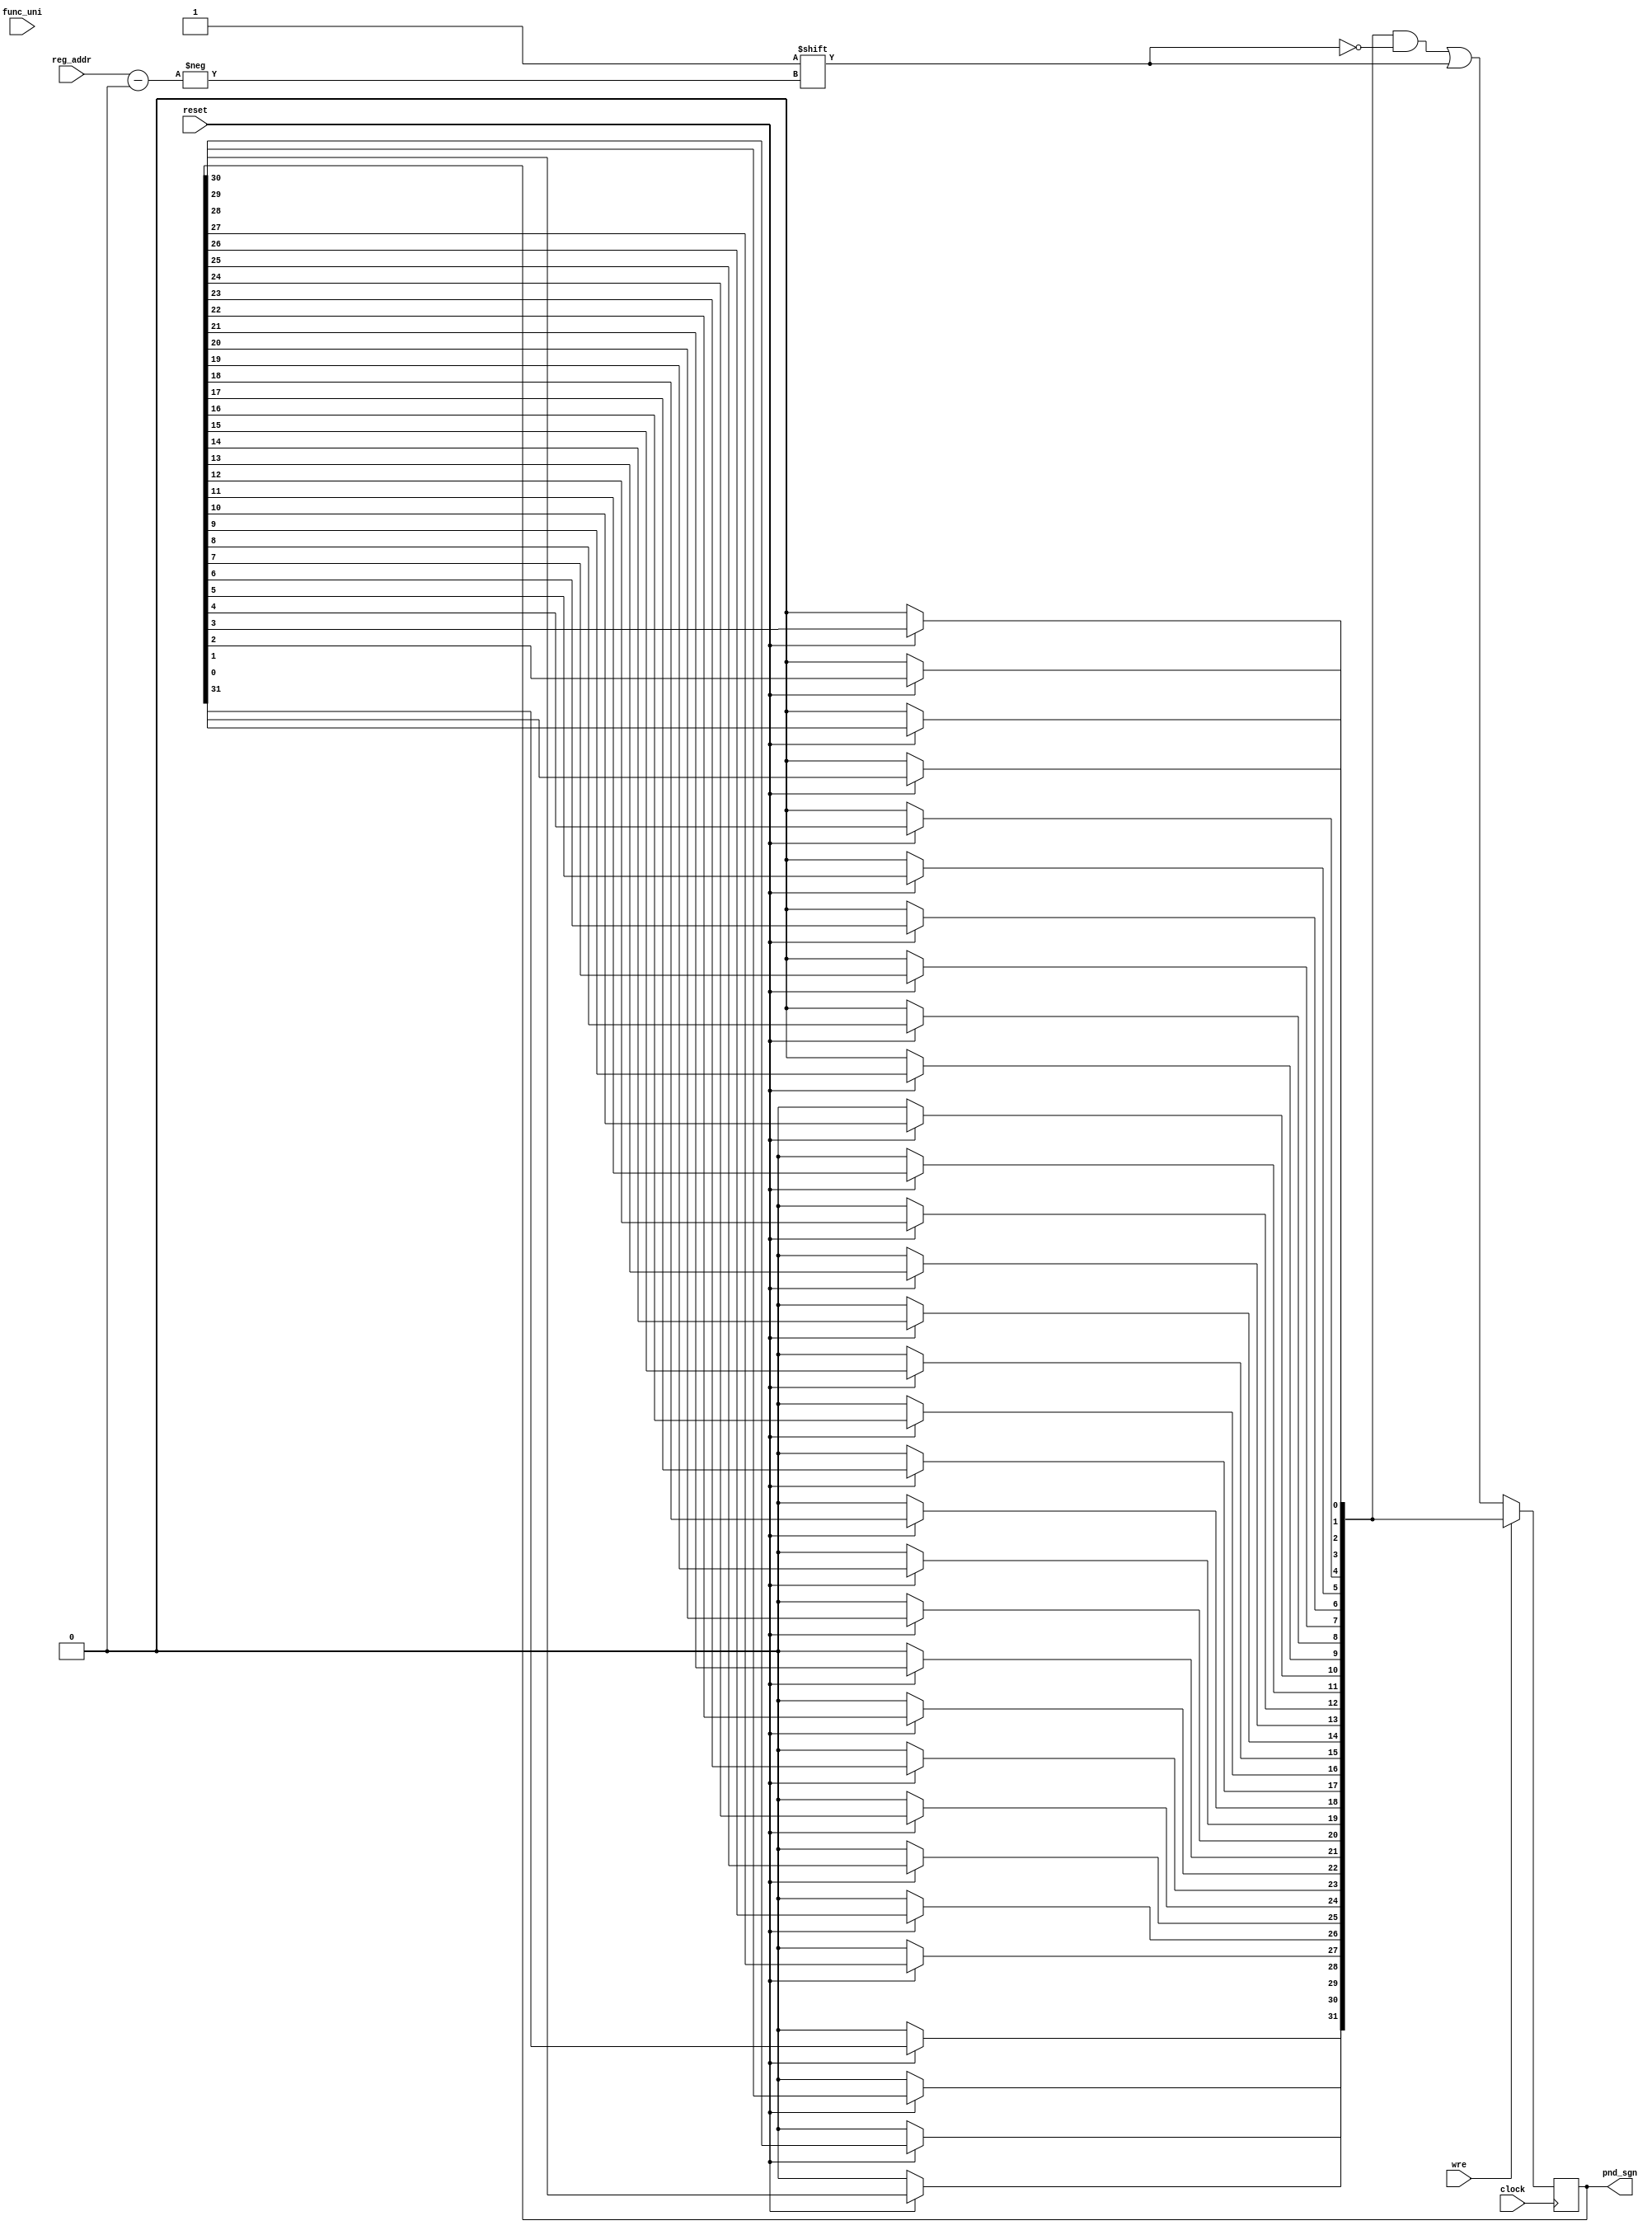
module Scoreboard(
	input 		   	clock,
	input 		   	reset,
	input	[4:0] 	reg_addr,
	input [1:0]    func_uni,
	input					  wre,
	output [31:0]	 pnd_sgn
);

	/* O SCOREBOARD SERA DIVIDO EM TRES TABELAS. A PRIMEIRA PARTE FICA
	** RESPONSAVEL POR INFORMAR SE UM REGISTRADOR EST PENDENTE, A SEGUNDA
	** EM QUAL UNIDADE FUNCIONAL EST E A TERCEITA RESPONSAVEL POR MOSTRAR
	** EM QUAL ESTGIO DE EXECUO ELE EST.                           */

	reg [31:0]	     pnd_table;
	reg [1:0] fun_table [31:0];
	reg [5:0] pth_table [31:0];
	reg [5:0] 			       i;
	reg [5:0]					 j;

	assign pnd_sgn = pnd_table;
	
	always @(posedge clock) begin			
		// Em caso de reset, zerar todas as tabelas.
		if(!reset) begin
			for(i = 6'b000000; i < 32; i = i + 6'b000001) begin 
				pnd_table[i] <=      1'b0;
				fun_table[i] <= 	  2'b00;
				pth_table[i] <= 6'b000000;
			end
		end else begin
			/* Reliza o deslocamento para indicar em qual estgio um dado est e
			** retira o estado de pendente caso j tenha chegado no Writeback.*/
			for(j = 6'b000000; j < 32; j = j + 6'b000001) begin
				pth_table[j] = pth_table[j] >> 1;
				pnd_table[j] = pth_table[j][4] | pth_table[j][3] | pth_table[j][2] | pth_table[j][1] | pth_table[j][0];//pnd_table[j] ^ pth_table[j][0];	
			end
		end
		/* Marcando o registrador como pendente e identificando em qual unid.
		** funcional ele estar.														 */
		if(!wre) begin
			fun_table[reg_addr] <=  func_uni;
			pnd_table[reg_addr] <= 		 1'b1; 
			pth_table[reg_addr] <= 6'b100000;
		end
		
	end
endmodule